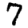
Digit: 7